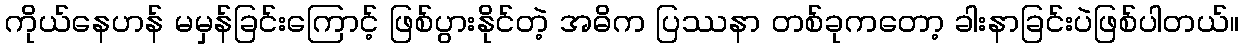
ကိုယ်နေဟန် မမှန်ခြင်းကြောင့် ဖြစ်ပွားနိုင်တဲ့ အဓိက ပြဿနာ တစ်ခုကတော့ ခါးနာခြင်းပဲဖြစ်ပါတယ်။